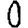
Digit: 0